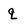
Character: q